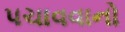
પચાવવાનો